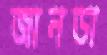
জানডা